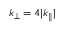
k _ { \perp } = 4 | k _ { \parallel } |